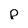
Character: p